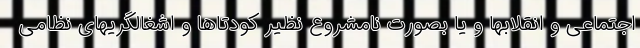
اجتماعی و انقلابها و یا بصورت نامشروع نظیر کودتاها و اشغالگریهای نظامی